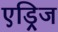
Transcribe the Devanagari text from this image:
एड्रिज